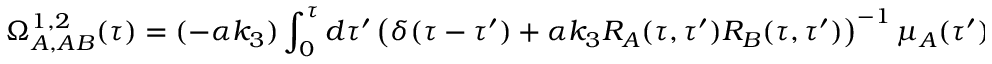
{ } \Omega _ { A , A B } ^ { 1 , 2 } ( \tau ) = ( - \alpha k _ { 3 } ) \int _ { 0 } ^ { \tau } d \tau ^ { \prime } \left( \delta ( \tau - \tau ^ { \prime } ) + \alpha k _ { 3 } R _ { A } ( \tau , \tau ^ { \prime } ) R _ { B } ( \tau , \tau ^ { \prime } ) \right) ^ { - 1 } \mu _ { A } ( \tau ^ { \prime } ) \mu _ { B } ( \tau ^ { \prime } )